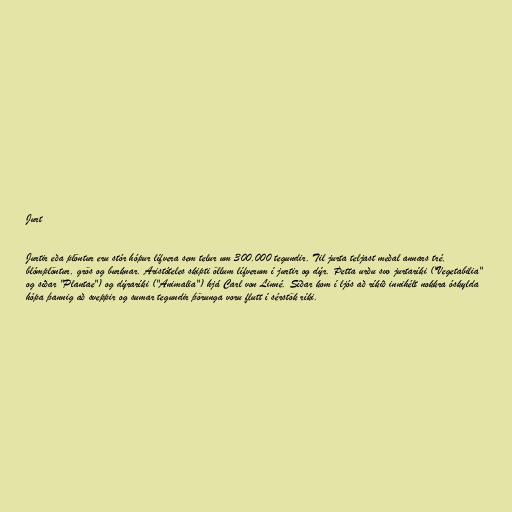
Jurt

Jurtir eða plöntur eru stór hópur lífvera sem telur um 300.000 tegundir. Til jurta teljast meðal annars tré,
blómplöntur, grös og burknar. Aristóteles skipti öllum lífverum í jurtir og dýr. Þetta urðu svo jurtaríki ("Vegetabilia"
og síðar "Plantae") og dýraríki ("Animalia") hjá Carl von Linné. Síðar kom í ljós að ríkið innihélt nokkra óskylda
hópa þannig að sveppir og sumar tegundir þörunga voru flutt í sérstök ríki.